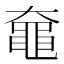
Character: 𬹞